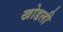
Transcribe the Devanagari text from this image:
खोडली